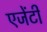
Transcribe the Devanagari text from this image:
एजेंटी